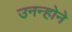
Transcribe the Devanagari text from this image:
उनन्होने